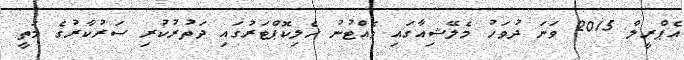
އެޕްރީލް 2015 ވަނަ ދުވަހު މެލޭޝިއާގައި ވެއްޓުނު ހެލިކޮޕްޓަރުގައި ދަތުރުކުރި ސަރުކާރުގެ މަތީ